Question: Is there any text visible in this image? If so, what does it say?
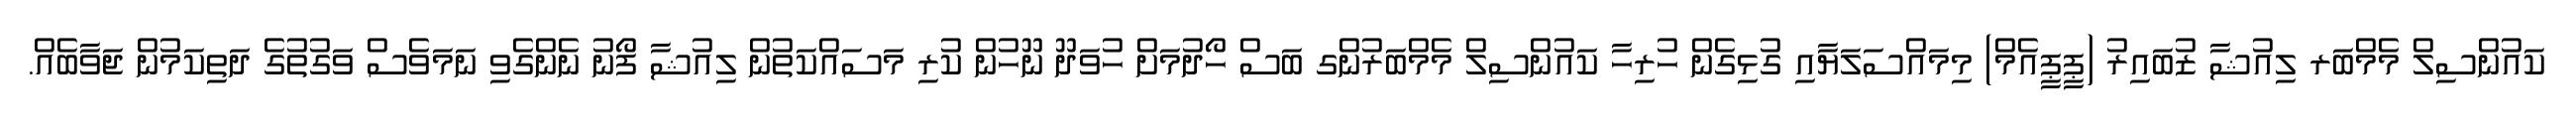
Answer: ކައުންސިލް މެމްބަރ ލިއުޝާ ޒުބައިރު (ޕީޕީއެމް) މިމައްސަލަޔާއި ގުޅިގެން ހުރިހާ ކައުންސިލް މެމްބަރުންގ ބަސް ހޯދުމަށް ހުވަދޫ ނޫހުން ކުރި މަސައްކަތުން ލިއުޝާ ފޯނު ނެންގެވި ނަމަވެސް ވަގުތުގެ ދަތިކަމުން ޖަވާބެއް.